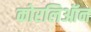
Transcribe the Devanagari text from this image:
कोरलिऑन